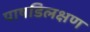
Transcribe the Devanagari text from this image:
पाषडिलक्षण